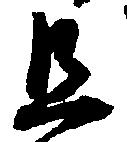
且